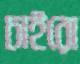
চাইরো